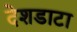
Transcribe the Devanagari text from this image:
देशडाटा